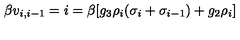
\beta v _ { i , i - 1 } = i = \beta [ g _ { 3 } \rho _ { i } ( \sigma _ { i } + \sigma _ { i - 1 } ) + g _ { 2 } \rho _ { i } ]